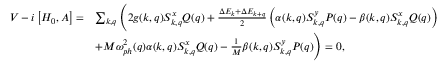
\begin{array} { r l } { V - i \left[ H _ { 0 } , A \right] = } & { \sum _ { k , q } \Bigg ( 2 g ( k , q ) S _ { k , q } ^ { x } Q ( q ) + \frac { \Delta E _ { k } + \Delta E _ { k + q } } { 2 } \left( \alpha ( k , q ) S _ { k , q } ^ { y } P ( q ) - \beta ( k , q ) S _ { k , q } ^ { x } Q ( q ) \right) } \\ & { + M \omega _ { p h } ^ { 2 } ( q ) \alpha ( k , q ) S _ { k , q } ^ { x } Q ( q ) - \frac { 1 } { M } \beta ( k , q ) S _ { k , q } ^ { y } P ( q ) \Bigg ) = 0 , } \end{array}